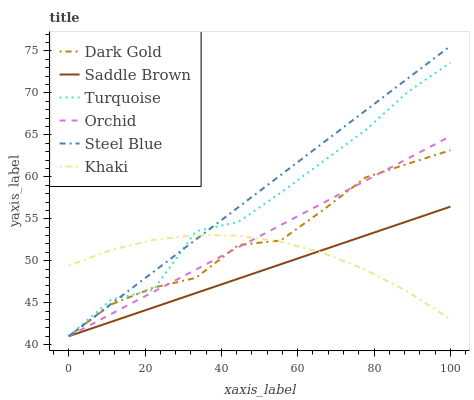
| xaxis_label | Dark Gold | Saddle Brown | Turquoise | Orchid | Steel Blue | Khaki |
 | --- | --- | --- | --- | --- | --- | --- |
 | 0 | 41 | 41 | 41 | 41 | 41 | 49.4 |
 | 11.1 | 44.8 | 42.7 | 45.4 | 43.6 | 44.8 | 51.3 |
 | 22.2 | 46.8 | 44.4 | 46.5 | 46.3 | 48.7 | 52.5 |
 | 33.3 | 48 | 46.1 | 53.5 | 48.9 | 52.5 | 53.1 |
 | 44.4 | 51.9 | 47.9 | 54.6 | 51.6 | 56.4 | 53 |
 | 55.6 | 52.4 | 49.6 | 58.1 | 54.2 | 60.2 | 52.3 |
 | 66.7 | 56 | 51.3 | 61.8 | 56.9 | 64.1 | 50.9 |
 | 77.8 | 59.9 | 53 | 65.6 | 59.5 | 67.9 | 48.9 |
 | 88.9 | 61.6 | 54.7 | 70.1 | 62.2 | 71.7 | 46.3 |
 | 100 | 63.2 | 56.4 | 73.6 | 64.8 | 75.6 | 43 |